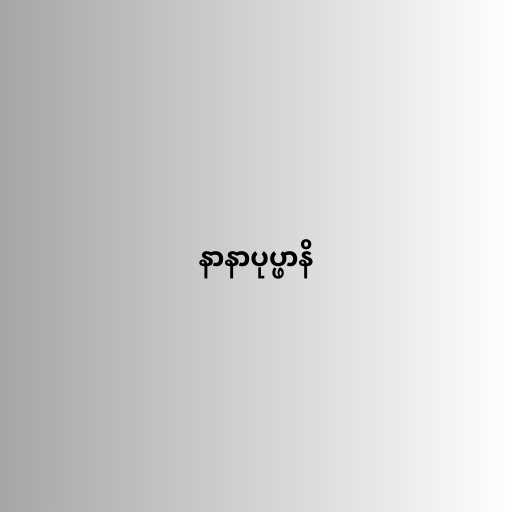
နာနာပုပ္ဖာနိ